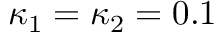
\kappa _ { 1 } = \kappa _ { 2 } = 0 . 1